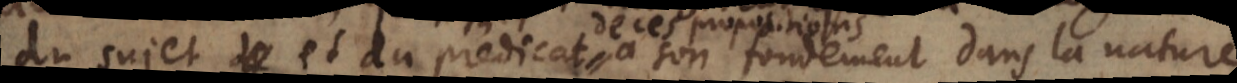
du sujet et du predicat a son fondement dans la nature